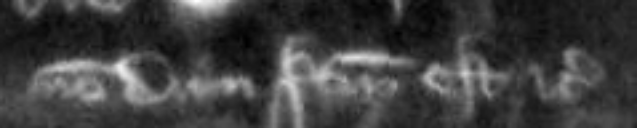
nondum factum est etc.